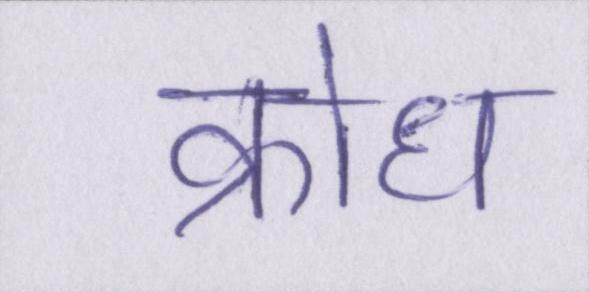
क्रोध